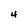
Character: 4